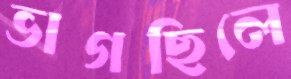
ভাগছিলে